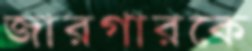
জারগারকে